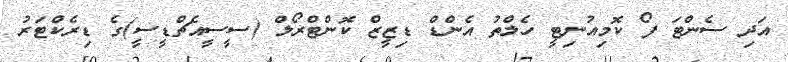
އަދި ސެންޓަ ފޯ ކޮމިއުނިޓީ ހެލްތު އެންޑް ޑިޒީޒް ކޮންޓްރޯލް (ސީސީއެޗްޑީސީ)ގެ ޑިރެކްޓަރު